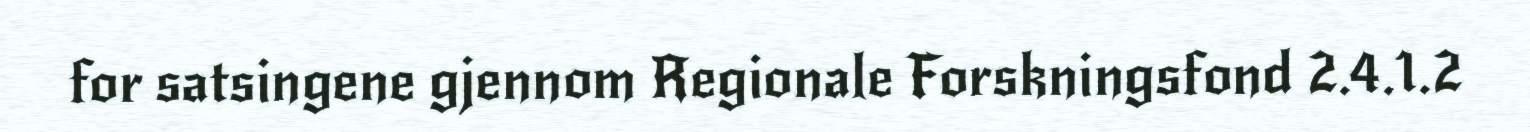
for satsingene gjennom Regionale Forskningsfond 2.4.1.2